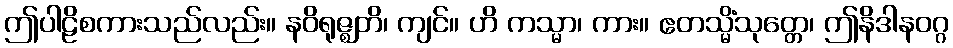
ဤပါဠိစကားသည်လည်း။ နဝိရုဇ္ဈတိ၊ ကျင်။ ဟိ ကသ္မာ၊ ကား။ ဧတသ္မိံသုတ္တေ၊ ဤနိဒါနဝဂ္ဂ